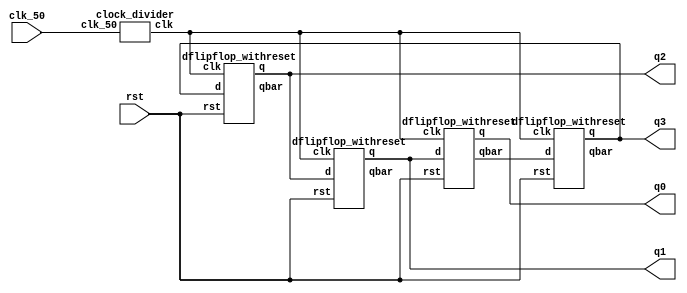
`timescale 1ns / 1ps
//////////////////////////////////////////////////////////////////////////////////
// Company: IIT MADRAS
// 
// Design Name: 
// Module Name: Johnsons_counter_1_Hz
// Project Name: 
// Target Devices: 
// Tool Versions: 
// Description: 
// 
// Dependencies: 
// 
// Revision:
// Revision 0.01 - File Created
// Additional Comments:
// 
//////////////////////////////////////////////////////////////////////////////////
module johnson4bit(q3,q2,q1,q0,clk_50,rst);
    input clk_50, rst;
    output q0,q1,q2,q3;
    
    wire q3bar, q2bar, q1bar, q0bar;
    wire clk;
	 
	clock_divider C1(.clk_50(clk_50), .clk(clk));
	
    
	dflipflop_withreset D3(q3,q3bar,q0bar,rst,clk);
  dflipflop_withreset D2(q2,q2bar,q3,rst,clk);
  dflipflop_withreset D1(q1,q1bar,q2,rst,clk);
  dflipflop_withreset D0(q0,q0bar,q1,rst,clk);
	 
endmodule


module dflipflop_withreset(q, qbar, d, rst, clk);
    input d, rst, clk;
    output reg q,qbar;
    
    always @ (posedge clk)
        begin
            if (~rst)
                begin
                    q <= 1'b0;
                    qbar <= 1'b1;
                end
            else
                begin
                    q <= d;
                    qbar <= (~d);
                end
        end

endmodule


module clock_divider(input clk_50,
                     output reg clk);

    reg [27:0] counter = 28'd0;
    //parameter divisor = 28'd4;
    parameter divisor = 28'd50000000;

    always @(posedge clk_50)
        begin
            counter <= counter + 28'd1;
                
            if(counter >= (divisor - 1))
                counter <= 28'd0;
                
            clk <= (counter < divisor/2) ? 1'b1 : 1'b0;
        end             
endmodule